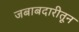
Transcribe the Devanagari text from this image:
जबाबदारीतून